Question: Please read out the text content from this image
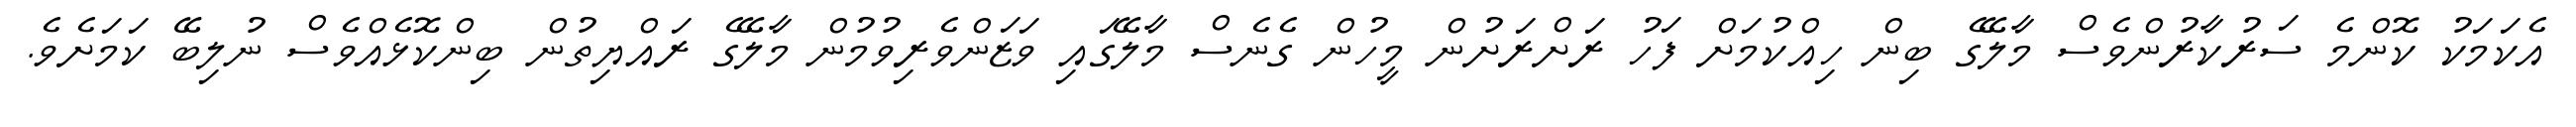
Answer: އެކަމަކު ކޮންމެ ސަރުކާރުންވެސް މާލޭގެ ބިން ހިއްކުމަށް ފަހު ރަށްރަށުން މީހުން ގެނެސް މާލޭގައި ވަޒަންވެރިވުމުން މާލޭގެ ރައްޔިތުން ބިންކޮޅެއްވެސް ނުލިބޭ ކަމަށެވެ.